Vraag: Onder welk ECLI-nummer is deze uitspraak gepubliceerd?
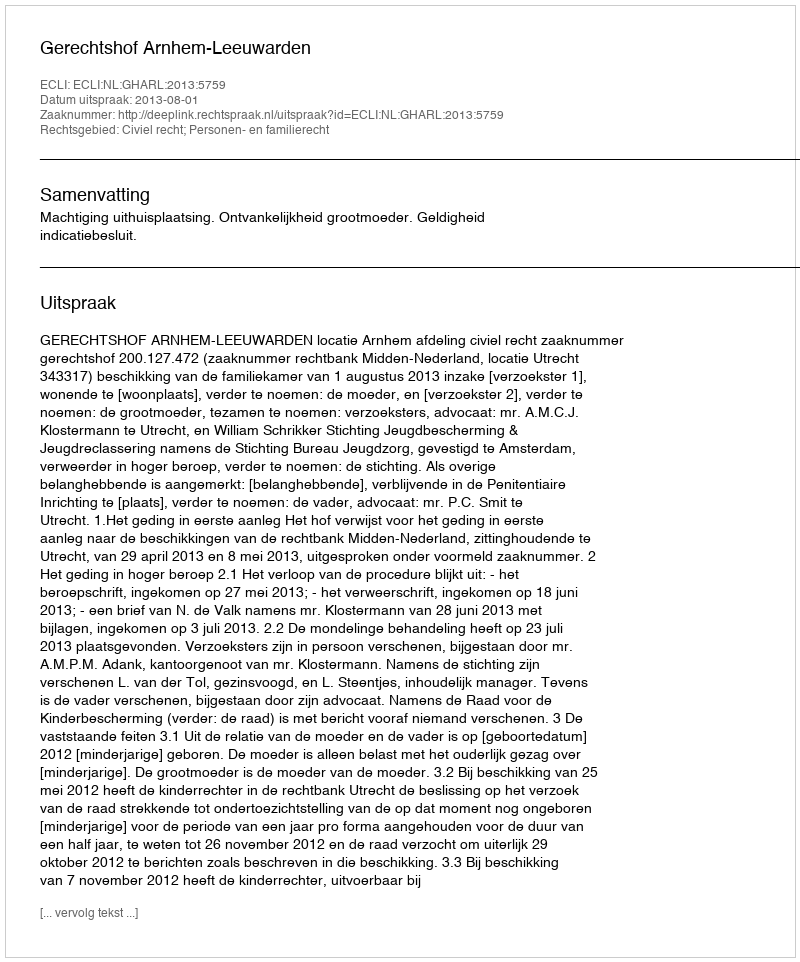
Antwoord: ECLI:NL:GHARL:2013:5759